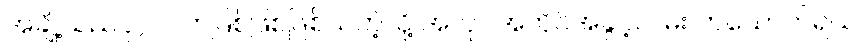
အချို့သည်ပုဂ္ဂလိကဖြစ်ဖြစ်ဖြစ်သကဲ့သို့ အလုပ်အကိုင်အခွင့်လမ်း တယောက်ရယ်